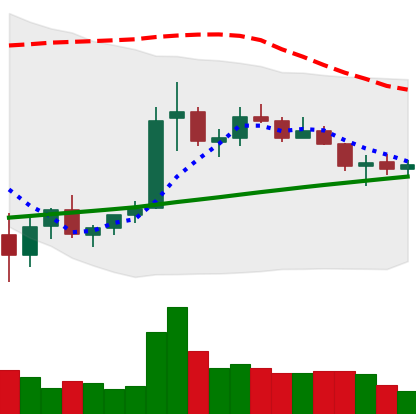
Ticker: ETC-USD
Chart end date: 2021-07-11
Forward return: -16.96%
Label: down_7plus